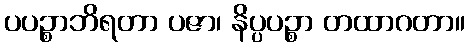
ပပဉ္စာဘိရတာ ပဇာ၊ နိပ္ပပဉ္စာ တထာဂတာ။